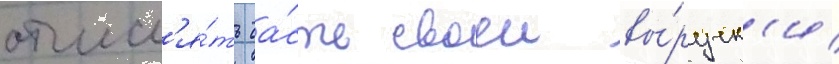
отчисл'я́ть ча́сть своеи вы́ручк'и